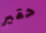
حقير